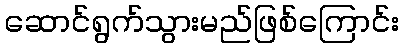
ဆောင်ရွက်သွားမည်ဖြစ်ကြောင်း